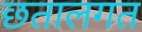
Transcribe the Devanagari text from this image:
छतालगत